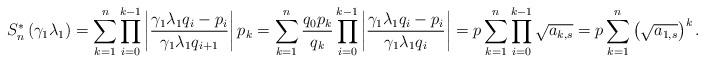
LaTeX: \begin{align*}S_n^{\ast}\left( \gamma_1 \lambda_1 \right)=\sum_{k=1}^n \prod_{i=0}^{k-1} \left| \frac{\gamma_1 \lambda_1 q_i-p_i}{\gamma_1 \lambda_1 q_{i+1}} \right|p_k=\sum_{k=1}^n \frac{q_0p_k}{q_k}\prod_{i=0}^{k-1} \left| \frac{\gamma_1 \lambda_1 q_i-p_i}{\gamma_1 \lambda_1 q_i} \right|=p \sum_{k=1}^n \prod_{i=0}^{k-1} \sqrt{a_{k,s}}=p \sum_{k=1}^n \left( \sqrt{a_{1,s}} \right) ^k.\end{align*}